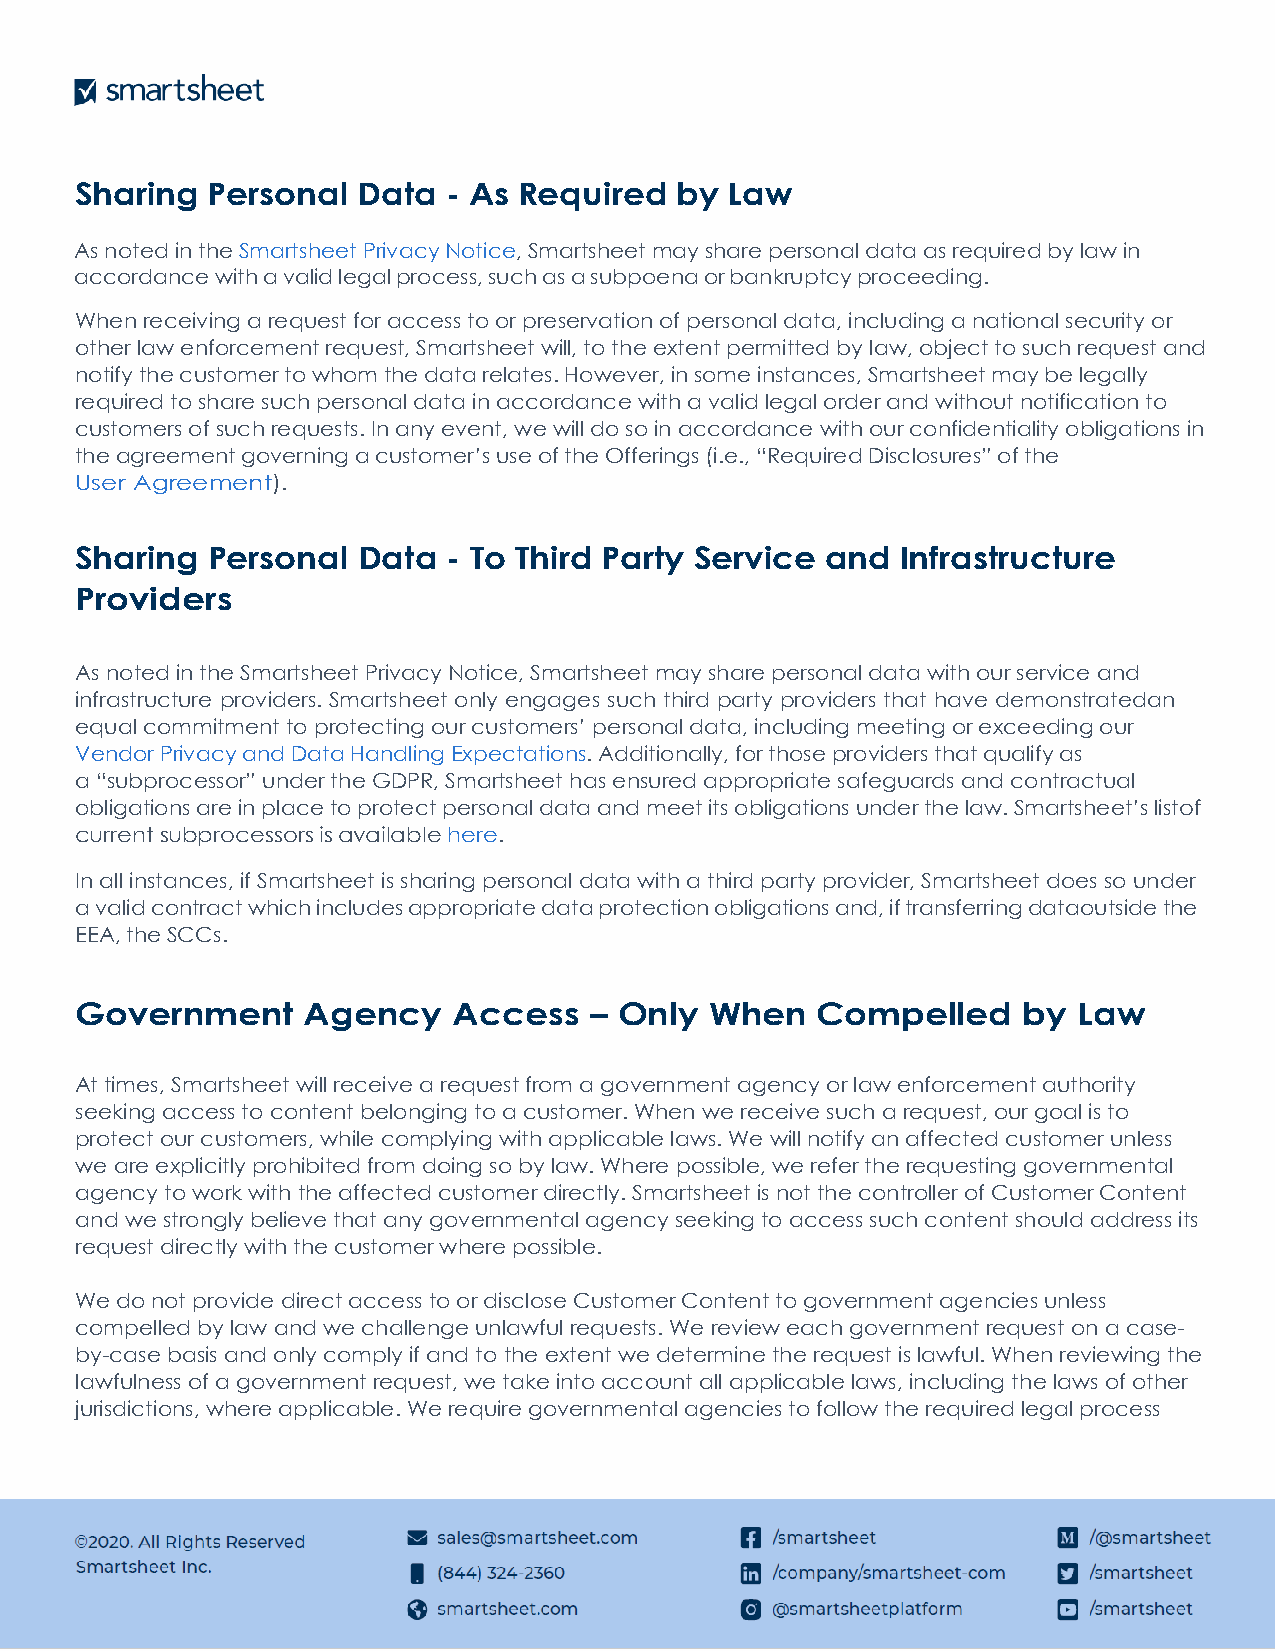
Sharing  Personal  Data  - As Required  by Law
 As noted in the Smartsheet Privacy Notice, Smartsheet may share personal data as required by law in
 accordance with a valid legal process, such as a subpoena or bankruptcy proceeding.
 When receiving a request for access to or preservation of personal data, including a national security or
 other law enforcement request, Smartsheet will, to the extent permitted by law, object to such request and
 notify the customer to whom the data relates. However, in some instances, Smartsheet may be legally
 required to share such personal data in accordance with a valid legal order and without notification to
 customers of such requests. In any event, we will do so in accordance with our confidentiality obligations in
 the agreement governing a customer’s use of the Offerings (i.e., “Required Disclosures” of the
 User Agreement).
 Sharing  Personal  Data  - To Third Party Service and  Infrastructure
 Providers
 As noted in the Smartsheet Privacy Notice, Smartsheet may share personal data with our service and
 infrastructure providers. Smartsheet only engages such third party providers that have demonstrated an
 equal commitment to protecting our customers’ personal data, including meeting or exceeding our
 Vendor Privacy and Data Handling Expectations. Additionally, for those providers that qualify as
 a “subprocessor” under the GDPR, Smartsheet has ensured appropriate safeguards and contractual
 obligations are in place to protect personal data and meet its obligations under the law. Smartsheet’s list of
 current subprocessors is available here.
 In all instances, if Smartsheet is sharing personal data with a third party provider, Smartsheet does so under
 a valid contract which includes appropriate data protection obligations and, if transferring data outside the
 EEA, the SCCs.
 Government     Agency    Access   – Only  When   Compelled     by Law
 At times, Smartsheet will receive a request from a government agency or law enforcement authority
 seeking access to content belonging to a customer. When we receive such a request, our goal is to
 protect our customers, while complying with applicable laws. We will notify an affected customer unless
 we are explicitly prohibited from doing so by law. Where possible, we refer the requesting governmental
 agency to work with the affected customer directly. Smartsheet is not the controller of Customer Content
 and we strongly believe that any governmental agency seeking to access such content should address its
 request directly with the customer where possible.
 We do not provide direct access to or disclose Customer Content to government agencies unless
 compelled by law and we challenge unlawful requests. We review each government request on a case-
 by-case basis and only comply if and to the extent we determine the request is lawful. When reviewing the
 lawfulness of a government request, we take into account all applicable laws, including the laws of other
 jurisdictions, where applicable. We require governmental agencies to follow the required legal process